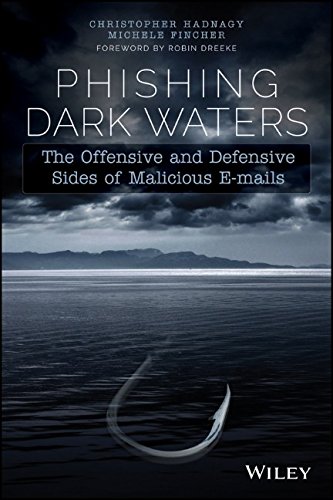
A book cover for Phishing Dark Waters: The Offensive and Defensive Sides of Malicious Emails; Christopher Hadnagy; Computers & Technology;